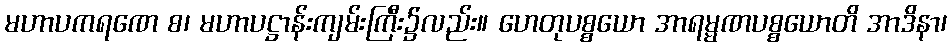
မဟာပကရဏေ စ၊ မဟာပဋ္ဌာန်းကျမ်းကြီး၌လည်း။ ဟေတုပစ္စယော အာရမ္မဏပစ္စယောတိ အာဒိနာ၊